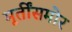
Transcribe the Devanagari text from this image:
मूर्तींसमोर